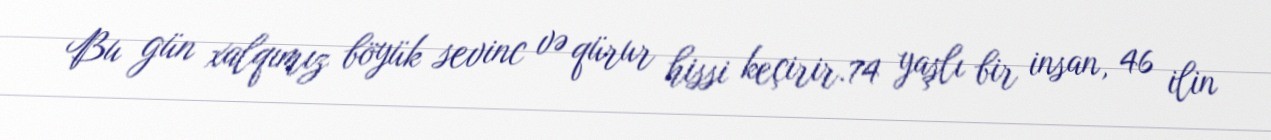
Bu gün xalqımız böyük sevinc və qürur hissi keçirir.74 yaşlı bir insan, 46 ilin